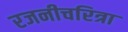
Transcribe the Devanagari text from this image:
रजनीचरित्रा